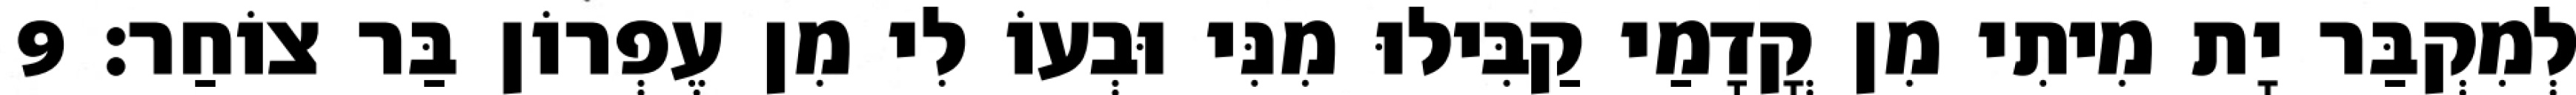
לְמִקְבַּר יָת מִיתִי מִן קֳדָמַי קַבִּילוּ מִנִּי וּבְעוֹ לִי מִן עֶפְרוֹן בַּר צוֹחַר׃ 9